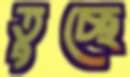
তুচ্ছে